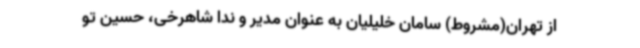
از تهران(مشروط) سامان خلیلیان به عنوان مدیر و ندا شاهرخی، حسین تو